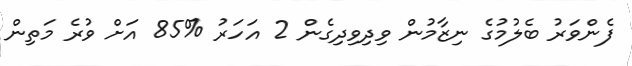
ފެންވަރު ބެލުމުގެ ނިޒާމުން ވިދިވިދިގެން 2 އަހަރު %85 އަށް ވުރެ މަތިން